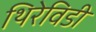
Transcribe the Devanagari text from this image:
थिरेविडी